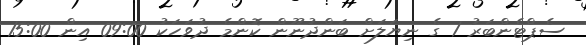
ސެޕްޓެންބަރު 1 ގެ ނިޔަލަށް ބަންދުނޫން ކޮންމެ ދުވަހަކު 09:00 އިން 15:00